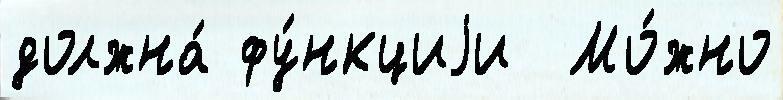
должна́ фу́нкциjи  Мо́жно